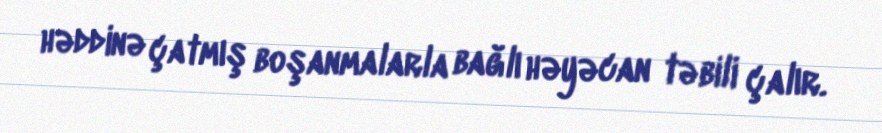
həddinə çatmış boşanmalarla bağlı həyəcan təbili çalır.